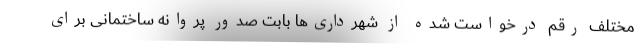
مختلف رقم درخواست شده از شهرداری‌ها بابت صدور پروانه ساختمانی برای